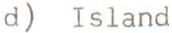
d) Island